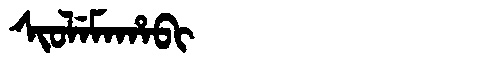
Manchu: ᠰᡳᠣᠯᡝᠮᠠᡥᠠᠪᡳ
Romanization: SIOLEMAHABI